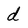
Character: d